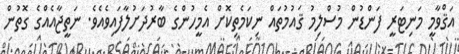
އަޤްވާމީ މަނިޓަރީ ފަންޑުން މުސްލިމު ޤައުމުތައް ނިކަމެތިކޮށް އެމީހުންގެ ބާރުދަށުލާފައިވެއެވެ. ނަތީޖާއެއްގެ ގޮތުން